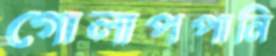
গোলাপপানি